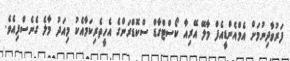
ފަރުވާދިނުމަށް އެމްއެންޑީއެފް މާލޭ އޭރިއާ ކޯސްޓްގާޑް ސްކޮޑްރަންގެ އެހީތެރިކަމާއެކު މިއަދު މާލެ ގެނެސްފިއެވެ.